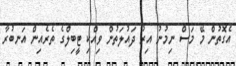
އެގޮތުން މޭ މަސް ނިމުނު އިރު ދައުލަތުން ވިއްކި ޓީބިލްގެ ތެރެއިން އަނބުރާ